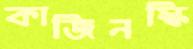
কাজিনস্কি